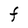
Character: F